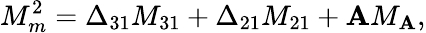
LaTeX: M_{m}^{2}=\Delta_{31}M_{31}+\Delta_{21}M_{21}+\mathbf{A}M_{\mathbf{A}},